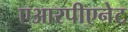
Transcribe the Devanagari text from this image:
एआरपीएनेट